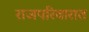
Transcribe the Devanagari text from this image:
राजपरिवारात